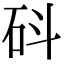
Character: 𥐿